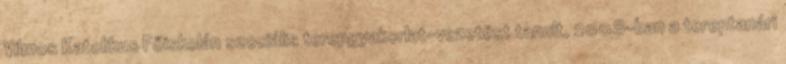
Vilmos Katolikus Főiskolán szociális terepgyakorlat-vezetést tanult, 2008-ban a tereptanári